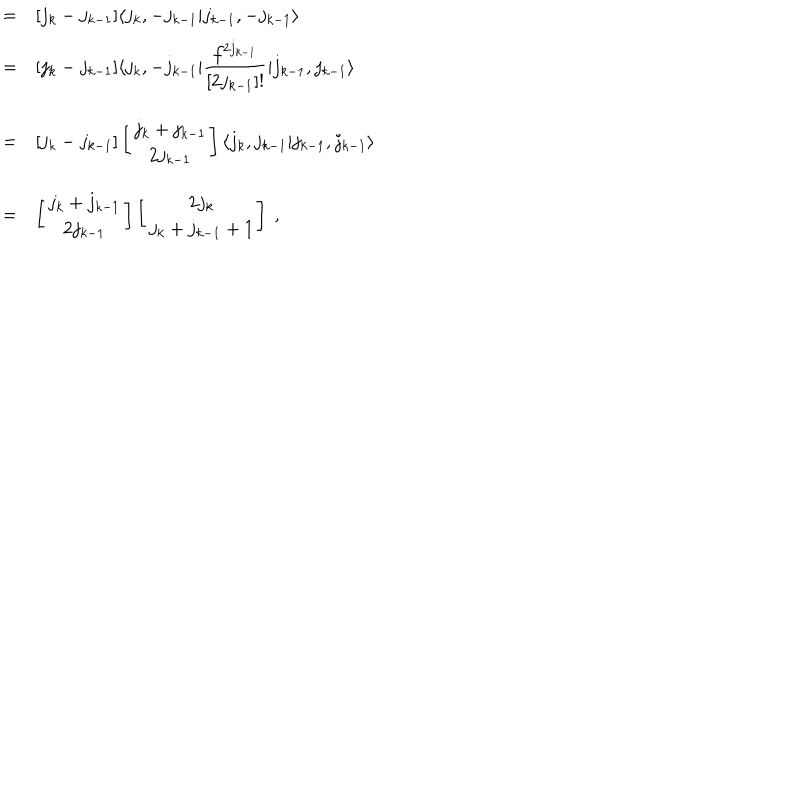
\begin{array} { r c l } { { } } & { { = } } & { { [ j _ { k } - j _ { k - 1 } ] \langle j _ { k } , - j _ { k - 1 } \vert j _ { k - 1 } , - j _ { k - 1 } \rangle } } \\ { { } } & { { = } } & { { [ j _ { k } - j _ { k - 1 } ] \langle j _ { k } , - j _ { k - 1 } \vert \displaystyle \frac { f ^ { 2 j _ { k - 1 } } } { [ 2 j _ { k - 1 } ] ! } \vert j _ { k - 1 } , j _ { k - 1 } \rangle } } \\ { { } } & { { = } } & { { [ j _ { k } - j _ { k - 1 } ] \left[ \begin{array} { c } { { j _ { k } + j _ { k - 1 } } } \\ { { 2 j _ { k - 1 } } } \\ \end{array} \right] \langle j _ { k } , j _ { k - 1 } \vert j _ { k - 1 } , j _ { k - 1 } \rangle } } \\ { { } } & { { = } } & { { \left[ \begin{array} { c } { { j _ { k } + j _ { k - 1 } } } \\ { { 2 j _ { k - 1 } } } \\ \end{array} \right] \left[ \begin{array} { c } { { 2 j _ { k } } } \\ { { j _ { k } + j _ { k - 1 } + 1 } } \\ \end{array} \right] ~ , } } \\ \end{array}